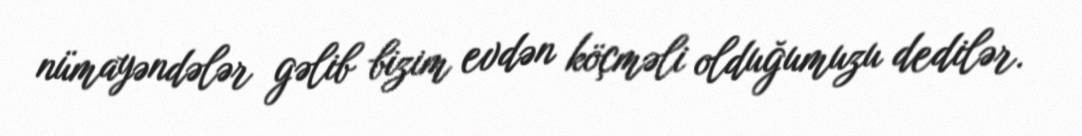
nümayəndələr gəlib bizim evdən köçməli olduğumuzu dedilər.